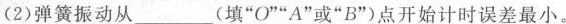
(2)弹簧振动从___(填”O””A”或”B”)点开始计时误差最小。